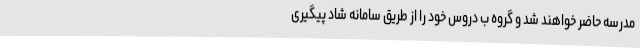
مدرسه حاضر خواهند شد و گروه ب دروس خود را از طریق سامانه شاد پیگیری